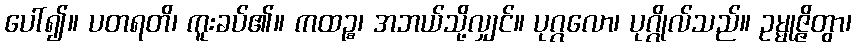
ပေါ်၍။ ပတရတိ၊ ကူးခပ်၏။ ကထဉ္စ၊ အဘယ်သို့လျှင်။ ပုဂ္ဂလော၊ ပုဂ္ဂိုလ်သည်။ ဥမ္မုဇ္ဇိတွာ၊